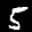
Label: 5